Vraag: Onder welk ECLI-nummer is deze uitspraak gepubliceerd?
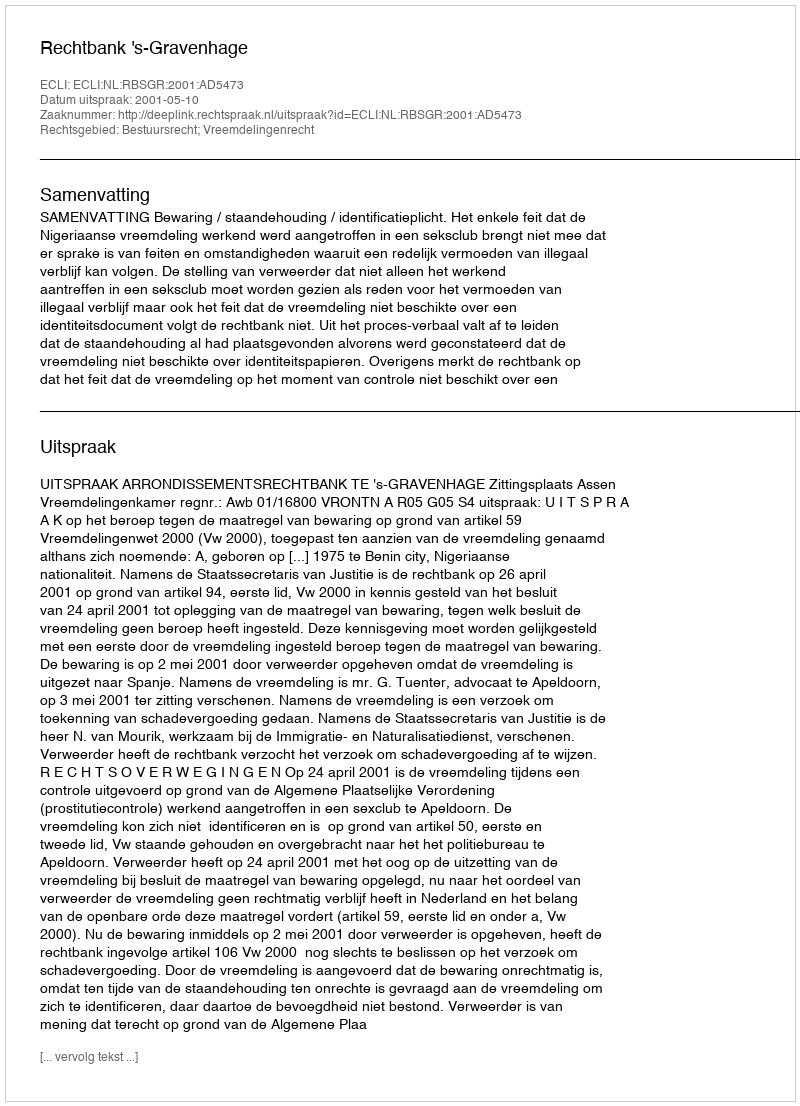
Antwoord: ECLI:NL:RBSGR:2001:AD5473